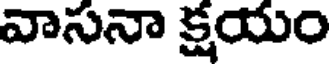
వాసనా క్షయం